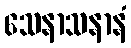
သေနာသနာနံ